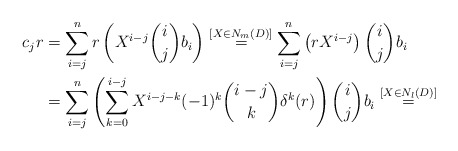
\begin{align*}c_j r &= \sum_{i=j}^n r \left( X^{i-j} {i \choose j} b_i \right) \stackrel{[X \in N_m(D)]}{=}\sum_{i=j}^n \left( r X^{i-j} \right) {i \choose j} b_i \\&=\sum_{i=j}^n \left( \sum_{k=0}^{i-j} X^{i-j-k} (-1)^k {i-j \choose k} \delta^k(r) \right) {i \choose j} b_i \stackrel{[X \in N_l(D)]}{=} \\\end{align*}